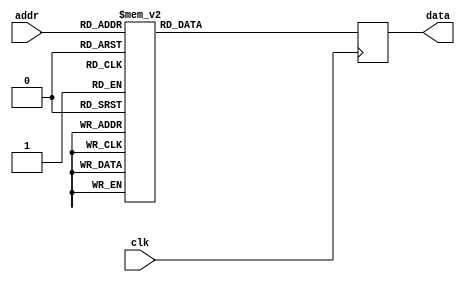
module rom_firbank_32_48(
    input wire clk,
    input wire [5:0] addr,
    output wire [23:0] data);
reg [23:0] data_ff;
assign data = data_ff;
always @(posedge clk) begin
    case(addr)
        0: data_ff <= 24'hF55B94; // -697452
        1: data_ff <= 24'h0A4478; // 672888
        2: data_ff <= 24'hFE1404; // -125948
        3: data_ff <= 24'hFD27DD; // -186403
        4: data_ff <= 24'h023120; // 143648
        5: data_ff <= 24'h001A34; // 6708
        6: data_ff <= 24'hFF135A; // -60582
        7: data_ff <= 24'h0062C9; // 25289
        8: data_ff <= 24'h0025B8; // 9656
        9: data_ff <= 24'hFFD29C; // -11620
        10: data_ff <= 24'h000730; // 1840
        11: data_ff <= 24'h000771; // 1905
        12: data_ff <= 24'hFFFC96; // -874
        13: data_ff <= 24'hFFFFED; // -19
        14: data_ff <= 24'h000039; // 57
        15: data_ff <= 24'hFFFFFD; // -3
        16: data_ff <= 24'h21AF3A; // 2207546
        17: data_ff <= 24'h02844A; // 164938
        18: data_ff <= 24'hF9134D; // -453811
        19: data_ff <= 24'h027000; // 159744
        20: data_ff <= 24'h019209; // 102921
        21: data_ff <= 24'hFE3718; // -116968
        22: data_ff <= 24'h003947; // 14663
        23: data_ff <= 24'h009481; // 38017
        24: data_ff <= 24'hFFA9E0; // -22048
        25: data_ff <= 24'hFFF4F8; // -2824
        26: data_ff <= 24'h001C13; // 7187
        27: data_ff <= 24'hFFF8B0; // -1872
        28: data_ff <= 24'hFFFD09; // -759
        29: data_ff <= 24'h0001C5; // 453
        30: data_ff <= 24'hFFFFEB; // -21
        31: data_ff <= 24'hFFFFF8; // -8
        32: data_ff <= 24'h508A9C; // 5278364
        33: data_ff <= 24'hEFF89B; // -1050469
        34: data_ff <= 24'h008D60; // 36192
        35: data_ff <= 24'h04948A; // 300170
        36: data_ff <= 24'hFD8AD9; // -161063
        37: data_ff <= 24'hFF5250; // -44464
        38: data_ff <= 24'h0156D9; // 87769
        39: data_ff <= 24'hFFA255; // -23979
        40: data_ff <= 24'hFFAD9C; // -21092
        41: data_ff <= 24'h004204; // 16900
        42: data_ff <= 24'hFFFDA1; // -607
        43: data_ff <= 24'hFFF084; // -3964
        44: data_ff <= 24'h000583; // 1411
        45: data_ff <= 24'h0000DA; // 218
        46: data_ff <= 24'hFFFF43; // -189
        47: data_ff <= 24'h00000C; // 12

        default: data_ff <= 0;
    endcase
end
endmodule